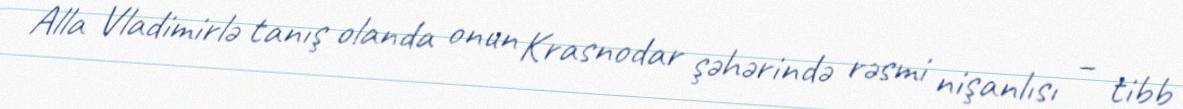
Alla Vladimirlə tanış olanda onun Krasnodar şəhərində rəsmi nişanlısı – tibb